Annual administration and progress report of the Indian Medical Department, Bombay
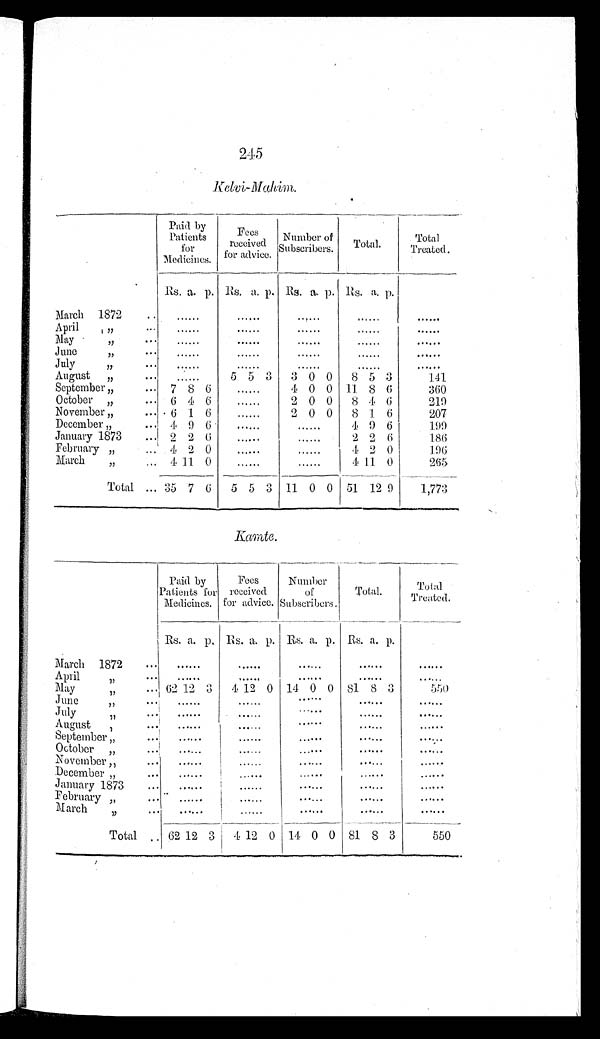
245
K e l v i - M a h i m .
Paid by
Patients
for
Medicines.
F e e s
r e c e i v e d
f o r a d v i c e .
N u m b e r o f
S u b s c r i b e r s .
Total.
Total
Treated .
Rs. a. p. Rs. a. p. Rs. a. p. Rs. a. p.
March 1872
..
.. .. ..
.. .. ..
.. .. ..
.. .. ...
April
"
... ..
.. .. ..
.. .. ..
.. .. ..
.. .. ...
May "
... ..
.. .. ..
.. .. ..
.. .. ..
.. ..
...
June
"
... ..
.. .. ..
.. .. ..
.. .. ..
.. .. ...
July
"
...
.. .. .. ..
.. .. ..
.. .. ..
.. ..
...
August
"
... ..
.. ..
5 5 3
3 0 0
8 5 3
141
September "
...
7 8 6 ..
.. ..
4 0 0 11 8 6
360
October "
... 6 4 6 ..
.. ..
2 0 0
8 4 6
219
November "
... 6
1 6 ..
.. ..
2 0 0
8 1 6
207
December "
... 4 9 6 ..
.. .. ..
.. ..
4 9 6
199
January 1873
... 2 2 6 ..
.. .. ..
.. ..
2 2 6
186
February "
... 4 2 0 ..
.. .. ..
.. ..
4 2 0
196
March
"
4 11 0 ..
.. .. ..
.. ..
4
11 0
265
Total ... 35 7 6
5 5 3 11 0 0 51 12 9
1,773
Kamte.
Paid by
Patients for
Medicines.
Fees
received
for advice.
Number
of
Subscribers.
Total.
Total
Treated.
Rs. a. p. Rs. a. p. Rs. a. p. Rs. a. p.
March 1872
...
..
.. .. ..
.. .. ..
.. .. .. .. ..
...
April "
... ..
.. .. ..
.. .. ..
.. .. .. .. ..
...
May " ...
62 12 3
4 12 0 14 0 0 81 8 3
550
June
"
..
.. .. ..
.. .. ..
.. .. .. .. ..
...
July "
..
.. .. ..
.. ..
.... .. .. .. .. ...
August
"
..
.. .. ..
.. .. ..
.. .. .. .. ..
...
September "
..
.. .. ..
.. .. ..
.. .. .. .. ..
..
October "
..
.. .. ..
.. .. ..
.. .. .. .. ..
...
November "
..
.. .. ..
.. .. ..
.. .. .. .. ..
...
December " ... ..
.. .. ..
.. .. ..
.. .. .. .. ..
...
January 1873
... ..
.. .. ..
.. .. ..
.. ..
.. .. .. ...
February " ...
.. .. .. ..
.. .. ..
.. .. .. .. ..
...
March
"
..
.. .. ..
.. .. ..
.. .. .. .. .. ...
Total
62 12 3
4 12 0 14 0 0 81 8 3
550